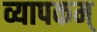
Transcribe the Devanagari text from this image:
व्यापकम्